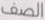
الصف